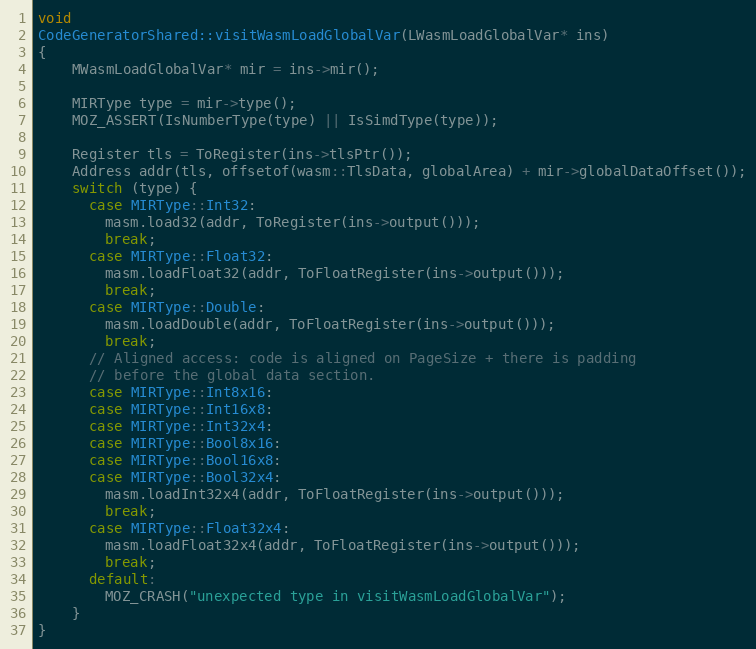
Language: C++
void
CodeGeneratorShared::visitWasmLoadGlobalVar(LWasmLoadGlobalVar* ins)
{
    MWasmLoadGlobalVar* mir = ins->mir();

    MIRType type = mir->type();
    MOZ_ASSERT(IsNumberType(type) || IsSimdType(type));

    Register tls = ToRegister(ins->tlsPtr());
    Address addr(tls, offsetof(wasm::TlsData, globalArea) + mir->globalDataOffset());
    switch (type) {
      case MIRType::Int32:
        masm.load32(addr, ToRegister(ins->output()));
        break;
      case MIRType::Float32:
        masm.loadFloat32(addr, ToFloatRegister(ins->output()));
        break;
      case MIRType::Double:
        masm.loadDouble(addr, ToFloatRegister(ins->output()));
        break;
      // Aligned access: code is aligned on PageSize + there is padding
      // before the global data section.
      case MIRType::Int8x16:
      case MIRType::Int16x8:
      case MIRType::Int32x4:
      case MIRType::Bool8x16:
      case MIRType::Bool16x8:
      case MIRType::Bool32x4:
        masm.loadInt32x4(addr, ToFloatRegister(ins->output()));
        break;
      case MIRType::Float32x4:
        masm.loadFloat32x4(addr, ToFloatRegister(ins->output()));
        break;
      default:
        MOZ_CRASH("unexpected type in visitWasmLoadGlobalVar");
    }
}